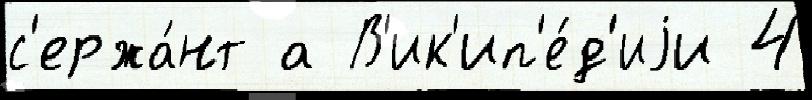
с'ержа́нт а В'ик'ип'е́д'иjи 4